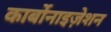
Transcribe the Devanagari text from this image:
कार्बोनाइज़ेशन